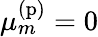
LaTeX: \mu_{m}^{\mathrm{(p)}}=0